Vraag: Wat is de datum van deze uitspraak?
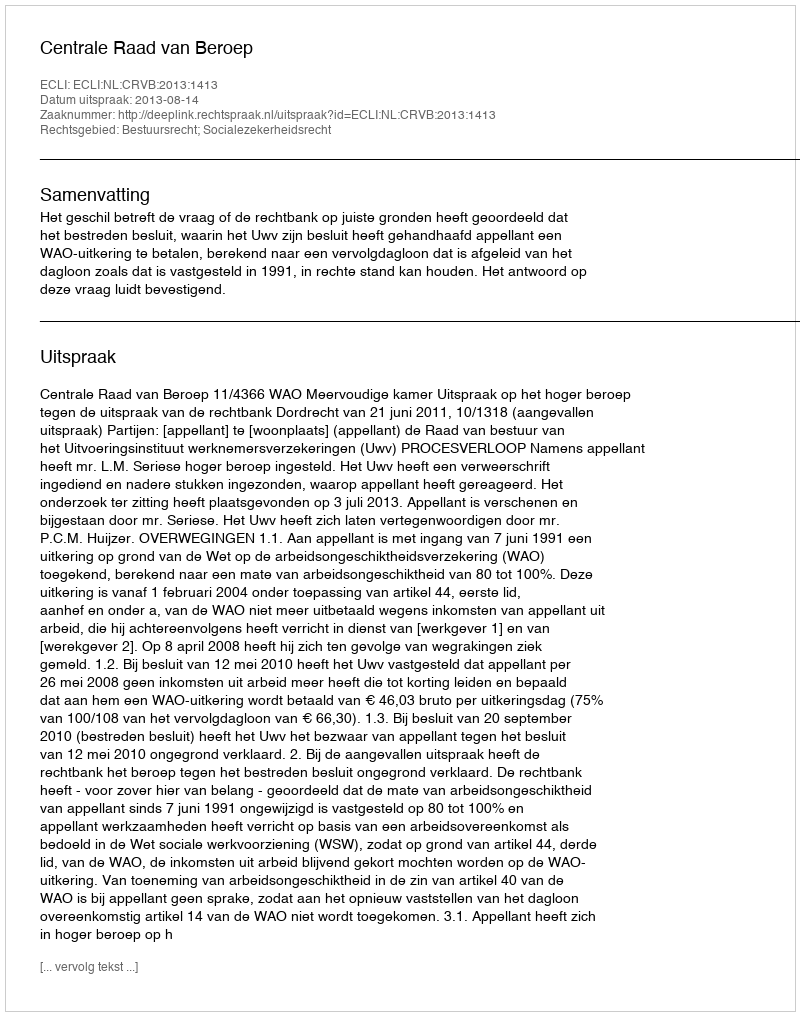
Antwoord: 2013-08-14